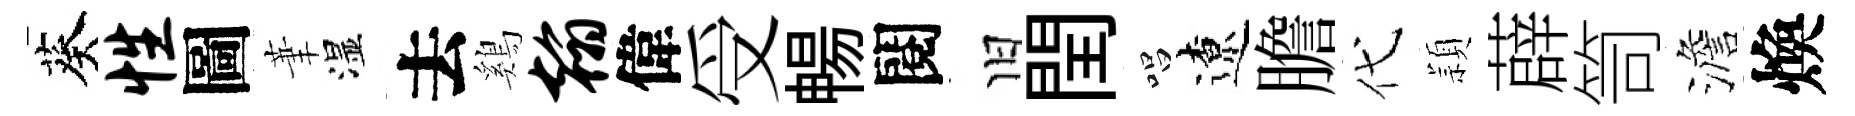
葵性圖茟湿去鷄翰偉受暢閱旧閏唱遼膽代頴薜笥澹煥